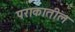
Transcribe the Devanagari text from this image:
पराकातील